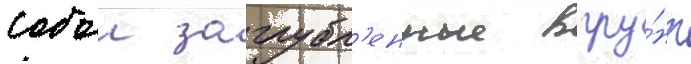
собои заглубл'енные в гру́нт